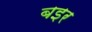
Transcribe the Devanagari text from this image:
बइर